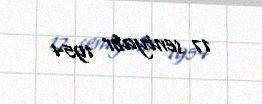
17 sentyabr 1954